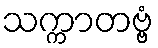
သက္ကာတဗ္ဗံ